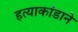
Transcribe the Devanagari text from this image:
हत्याकांडाने